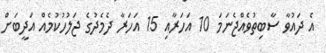
އެ ދައުވާ ސާބިތުވެއްޖެނަމަ 10 އަހަރާއި 15 އަހަރާ ދެމެދުގެ ޖަލުހުކުމެއް އަދީބަށް